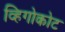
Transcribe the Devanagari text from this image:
व्हिगोकोट